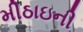
મીઠાઇની